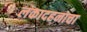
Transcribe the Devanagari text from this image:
लंकादहनाचा